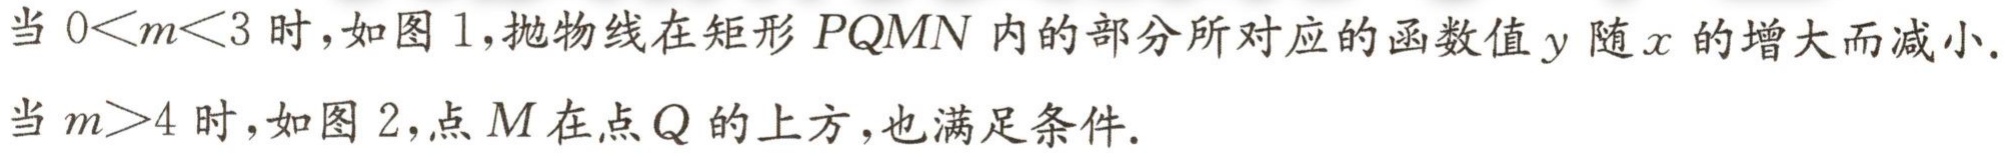
当 \(0<m<3\) 时，如图 1，抛物线在矩形 \(PQMN\) 内的部分所对应的函数值 \(y\) 随 \(x\) 的增大而减小.
当 \(m>4\) 时，如图 2，点 \(M\) 在点 \(Q\) 的上方，也满足条件.